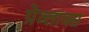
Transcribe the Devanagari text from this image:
ग्रेव्लाक्स